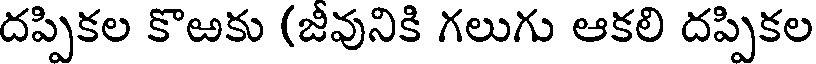
దప్పికల కొఱకు (జీవునికి గలుగు ఆకలి దప్పికల